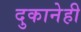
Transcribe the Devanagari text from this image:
दुकानेही